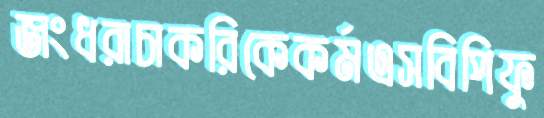
জংধরাচাকরিকেকর্মএসবিপিফু